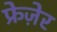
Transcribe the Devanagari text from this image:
फ्रेज़ेर